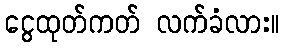
ငွေထုတ်ကတ် လက်ခံလား။